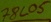
Text: 78L05